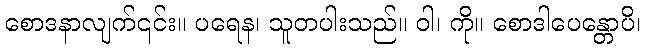
စောဒနာလျက်၎င်း။ ပရေန၊ သူတပါးသည်။ ဝါ၊ ကို။ စောဒါပေန္တောပိ၊